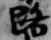
路